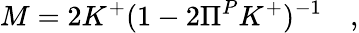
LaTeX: M=2K^{+}(1-2\Pi^{P}K^{+})^{-1}\quad,